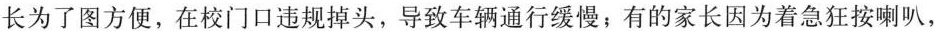
长为了图方便，在校门口违规掉头，导致车辆通行缓慢，有的家长因为着急狂按喇叭，